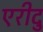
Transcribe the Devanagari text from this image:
एरीदु